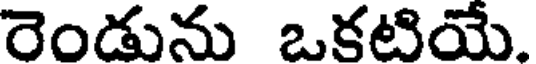
రెండును ఒకటియే.